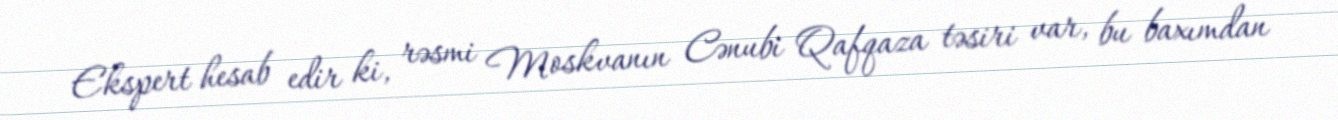
Ekspert hesab edir ki, rəsmi Moskvanın Cənubi Qafqaza təsiri var, bu baxımdan